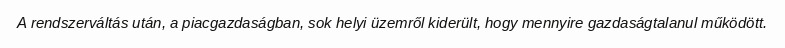
A rendszerváltás után, a piacgazdaságban, sok helyi üzemről kiderült, hogy mennyire gazdaságtalanul működött.